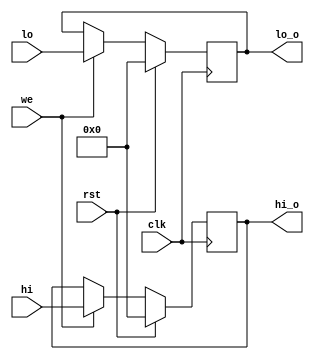
`timescale 1ns / 1ps
//////////////////////////////////////////////////////////////////////////////////
// Company: 
// Engineer: 
// 
// Design Name: 
// Module Name: hilo_reg
// Project Name: 
// Target Devices: 
// Tool Versions: 
// Description: 
// 
// Dependencies: 
// 
// Revision:
// Revision 0.01 - File Created
// Additional Comments:
// 
//////////////////////////////////////////////////////////////////////////////////


module hilo_reg(
	input wire clk,rst,we,
	input wire[31:0] hi,lo,
	output reg[31:0] hi_o,lo_o
    );
	
	always @(negedge clk) begin
		if(rst) begin
			hi_o <= 0;
			lo_o <= 0;
		end else if (we) begin
			hi_o <= hi;
			lo_o <= lo;
		end
	end
endmodule